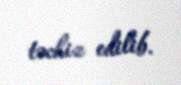
təchiz edilib.